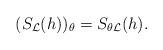
LaTeX: \begin{align*}(S_{\cal L}(h))_\theta =S_{\theta{\cal L}}(h).\end{align*}